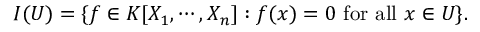
I ( U ) = \{ f \in K [ X _ { 1 } , \cdots , X _ { n } ] : f ( x ) = 0 { \mathrm { ~ f o r ~ a l l ~ } } x \in U \} .